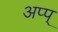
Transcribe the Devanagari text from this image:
अप्प्